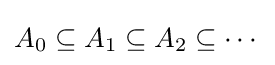
A_{0}\subseteq A_{1}\subseteq A_{2}\subseteq \cdots